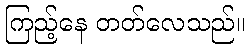
ကြည့်နေ တတ်လေသည်။